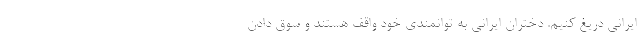
ایرانی دریغ کنیم. دختران ایرانی به توانمندی خود واقف هستند و سوق دادن